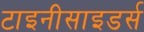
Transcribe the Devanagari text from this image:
टाइनीसाइडर्स